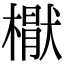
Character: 𣚕